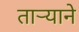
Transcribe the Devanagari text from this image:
तार्‍याने